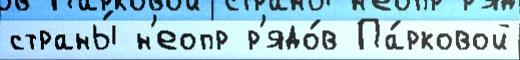
страны́ н'еопр р'ядо́в Па́рковой